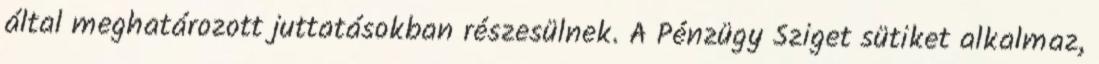
által meghatározott juttatásokban részesülnek. A Pénzügy Sziget sütiket alkalmaz,